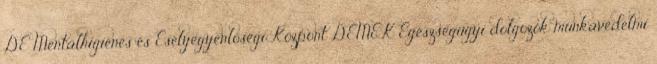
DE Mentálhigiénés és Esélyegyenlőségi Központ DEMEK Egészségügyi dolgozók munkavédelmi